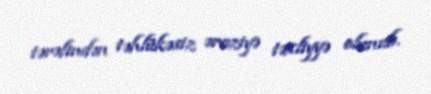
tərəfindən təhlükəsiz əraziyə təxliyyə olunub.